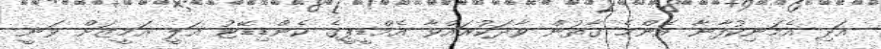
އަދި އެމަނިކުފާނާ އެންމެ ގާތުން ވާދަކުރައްވާ އެމްޑީޕީގެ ކެންޑިޑޭޓު އަލީ އަމީޒަށް ވަނީ